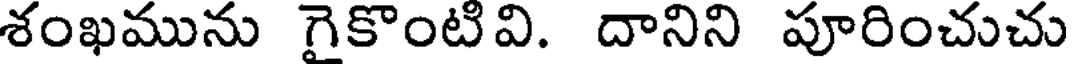
శంఖమును గైకొంటివి. దానిని పూరించుచు